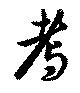
耇